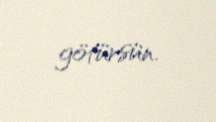
götürsün.